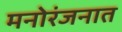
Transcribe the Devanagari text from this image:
मनोरंजनात